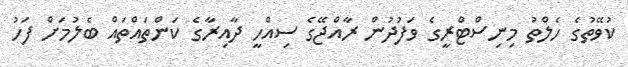
ކުވޭތުގެ ހެލްތު މިނިސްޓްރީގެ ވަފުދުން ރާއްޖޭގެ ސިއްހީ ދާއިރާގެ ކަންތައްތައް ބެލުމަށް ފަހު